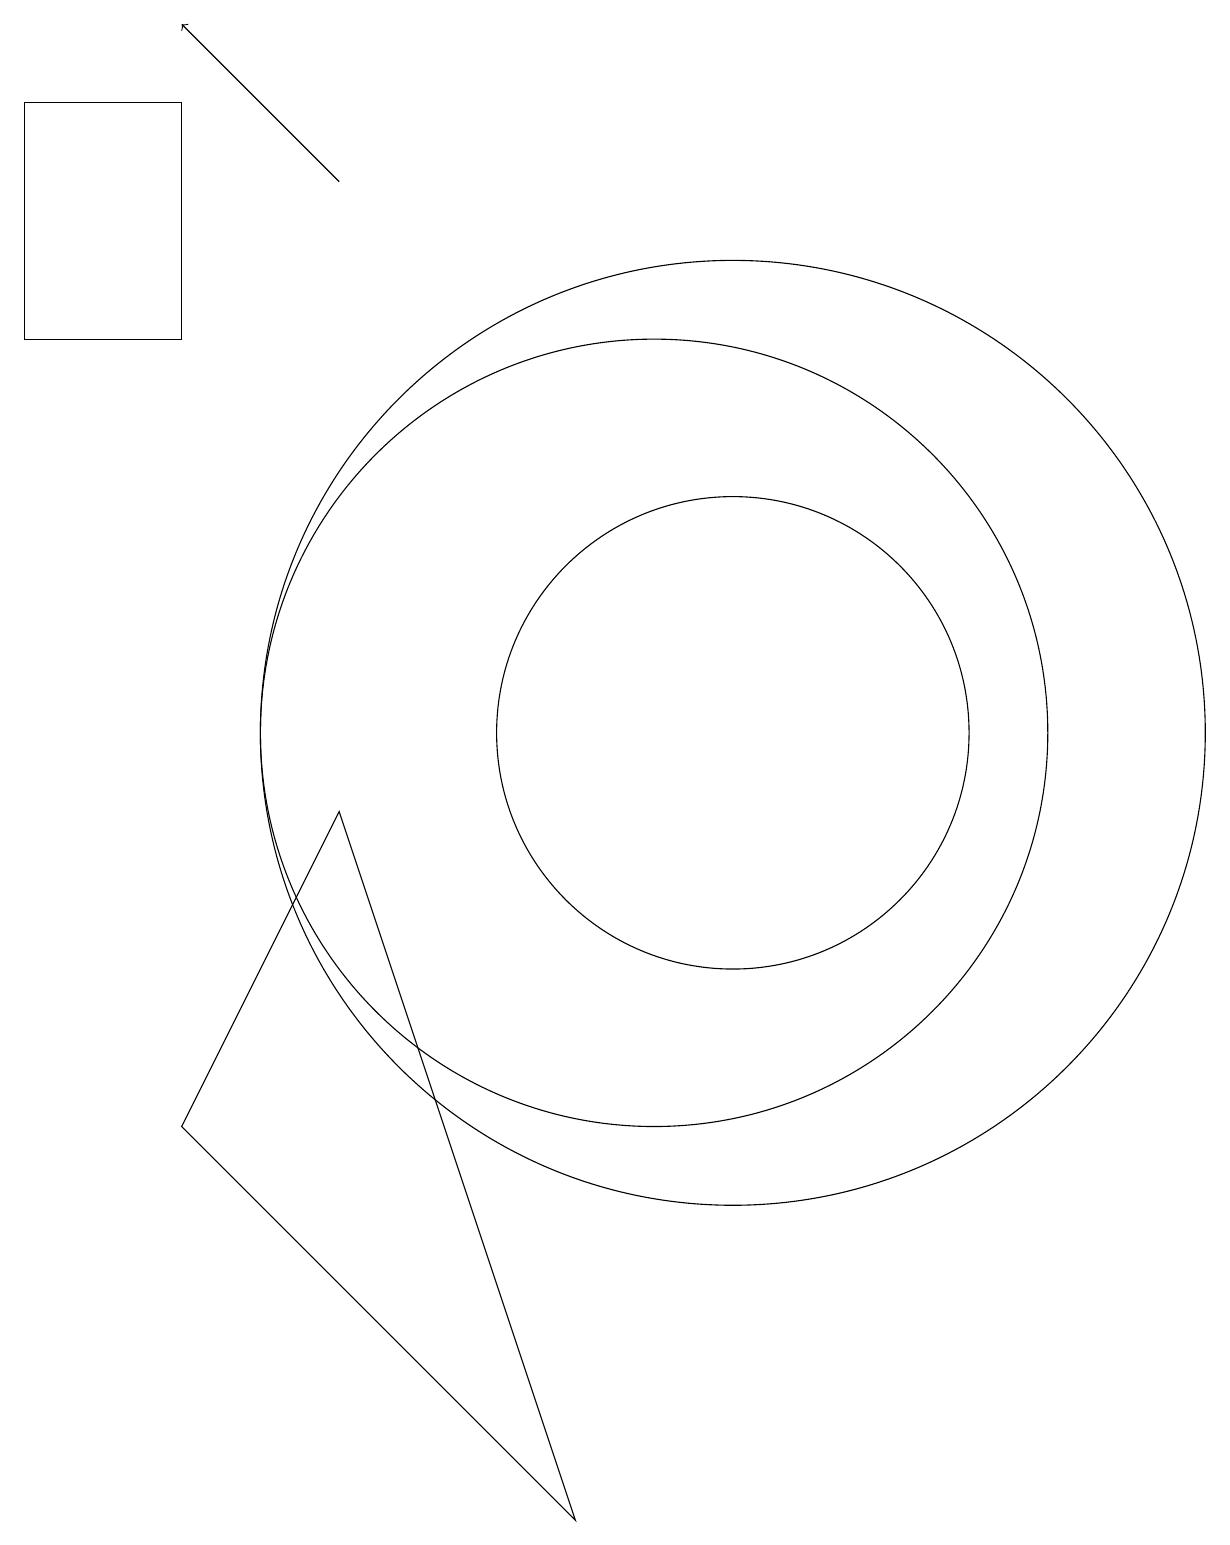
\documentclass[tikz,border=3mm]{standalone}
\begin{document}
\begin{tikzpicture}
\draw (11,10) circle (3);
\draw[->] (6,17) -- (4,19);
\draw (2,18) rectangle (4,15);
\draw (11,10) circle (6);
\draw (4,5) -- (9,0) -- (6,9) -- cycle;
\draw (10,10) circle (5);
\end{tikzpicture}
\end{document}